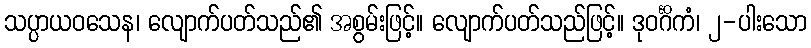
သပ္ပာယဝသေန၊ လျောက်ပတ်သည်၏ အစွမ်းဖြင့်။ လျောက်ပတ်သည်ဖြင့်။ ဒုဝင်္ဂိကံ၊ ၂-ပါးသော